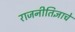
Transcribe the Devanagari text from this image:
राजनीतिज्ञाचे